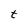
Character: t